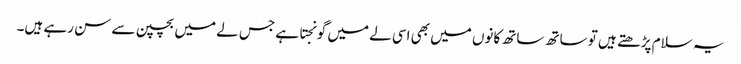
یہ سلام پڑھتے ہیں تو ساتھ ساتھ کانوں میں بھی اسی لے میں گونجتا ہے جس لے میں بچپن سے سن رہے ہیں۔